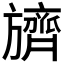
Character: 𬀛